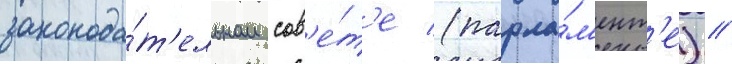
законода́т'ельном сов'е́т'е (парла́м'ент'е) //